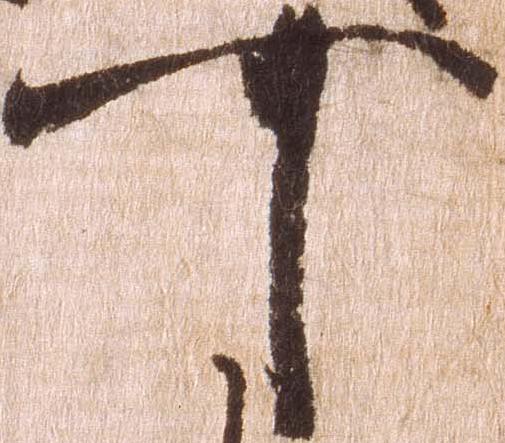
可